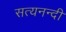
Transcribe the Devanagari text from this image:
सत्यनन्दी